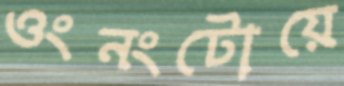
ওংনংটোয়ে